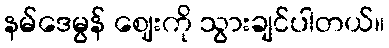
နမ်ဒေမွန် ဈေးကို သွားချင်ပါတယ်။